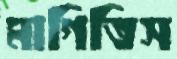
মাগিতিস